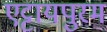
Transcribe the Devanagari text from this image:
एट्टायपुरम